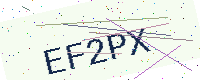
Text: EF2PX